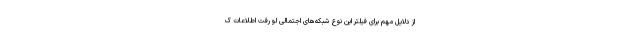
از دلایل مهم برای فیلتر این نوع شبکه‌های اجتمالی لو رفت اطلاعات ک